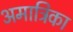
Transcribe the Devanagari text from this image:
अमात्रिका